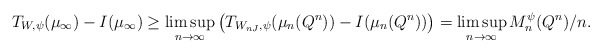
\begin{align*}T_{W,\psi}(\mu_\infty) - I(\mu_\infty) &\ge \limsup_{n \to \infty} \big(T_{W_{n J},\psi} (\mu_n(Q^n)) - I(\mu_n(Q^n)) \big) =\limsup_{n \to \infty} M_n^\psi (Q^n)/n.\end{align*}